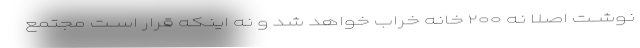
نوشــت اصلا نه ۲۰۰ خانه خراب خواهد شد و نه اینکه قرار اســت مجتمع